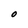
Character: O